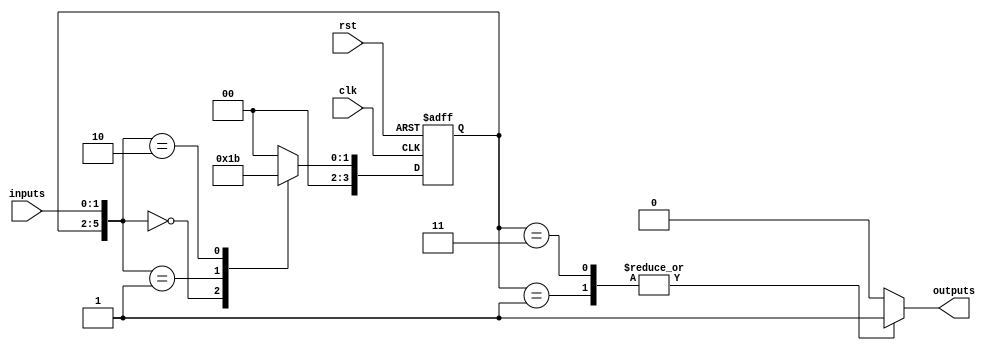
module finite_state_machine (
    input         clk,
    input         rst,
    input [N_INPUTS-1:0] inputs,
    output [N_OUTPUTS-1:0] outputs
);

// Parameters
parameter N_STATES = 4;
parameter N_INPUTS = 2;
parameter N_OUTPUTS = 1;

// State register
reg [N_STATES-1:0] state_reg;
reg [N_STATES-1:0] next_state;

// Next state logic
always @ (posedge clk or posedge rst)
begin
    if (rst)
        state_reg <= 0;
    else
        state_reg <= next_state;
end

// Output logic
always @ (*)
begin
    case(state_reg)
        0: outputs <= 2'b00;
        1: outputs <= 2'b01;
        2: outputs <= 2'b10;
        3: outputs <= 2'b11;
        default: outputs <= 2'b00;
    endcase
end

// State transition table
always @ (*)
begin
    case({state_reg, inputs})
        2'd0: next_state = 2'd1;
        2'd1: next_state = 2'd2;
        2'd2: next_state = 2'd3;
        2'd3: next_state = 2'd0;
        default: next_state = 2'd0;
    endcase
end

endmodule